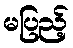
မပြည့်